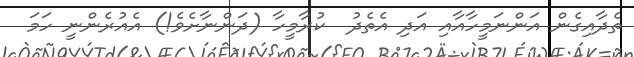
ތެދާއިގެން އަންނަމީހާއާއި އަދި އެތެދު  ކުރާމީހާ (ދަންނާށެވެ!) އެއުރެންނީ ހަމަ